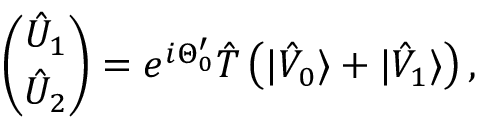
\binom { \hat { { \cal U } } _ { 1 } } { \hat { { \cal U } } _ { 2 } } = e ^ { i \Theta _ { 0 } ^ { \prime } } \hat { T } \left( | \hat { V } _ { 0 } \rangle + | \hat { V } _ { 1 } \rangle \right) ,